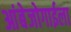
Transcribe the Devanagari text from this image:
आंबेजोगाईला